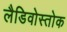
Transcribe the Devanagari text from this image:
लैडिवोस्तोक